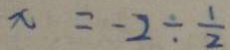
x = - 2 \div \frac { 1 } { 2 }